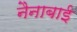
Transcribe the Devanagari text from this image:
नैनाबाई